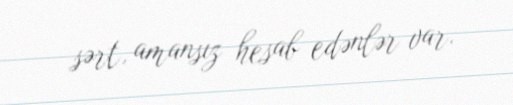
sərt, amansız hesab edənlər var.